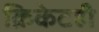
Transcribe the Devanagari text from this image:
क्रिकेटही